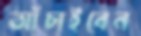
আঁচাইবেন